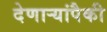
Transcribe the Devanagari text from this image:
देणार्‍यांपैकी